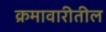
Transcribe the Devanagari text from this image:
क्रमावारीतील